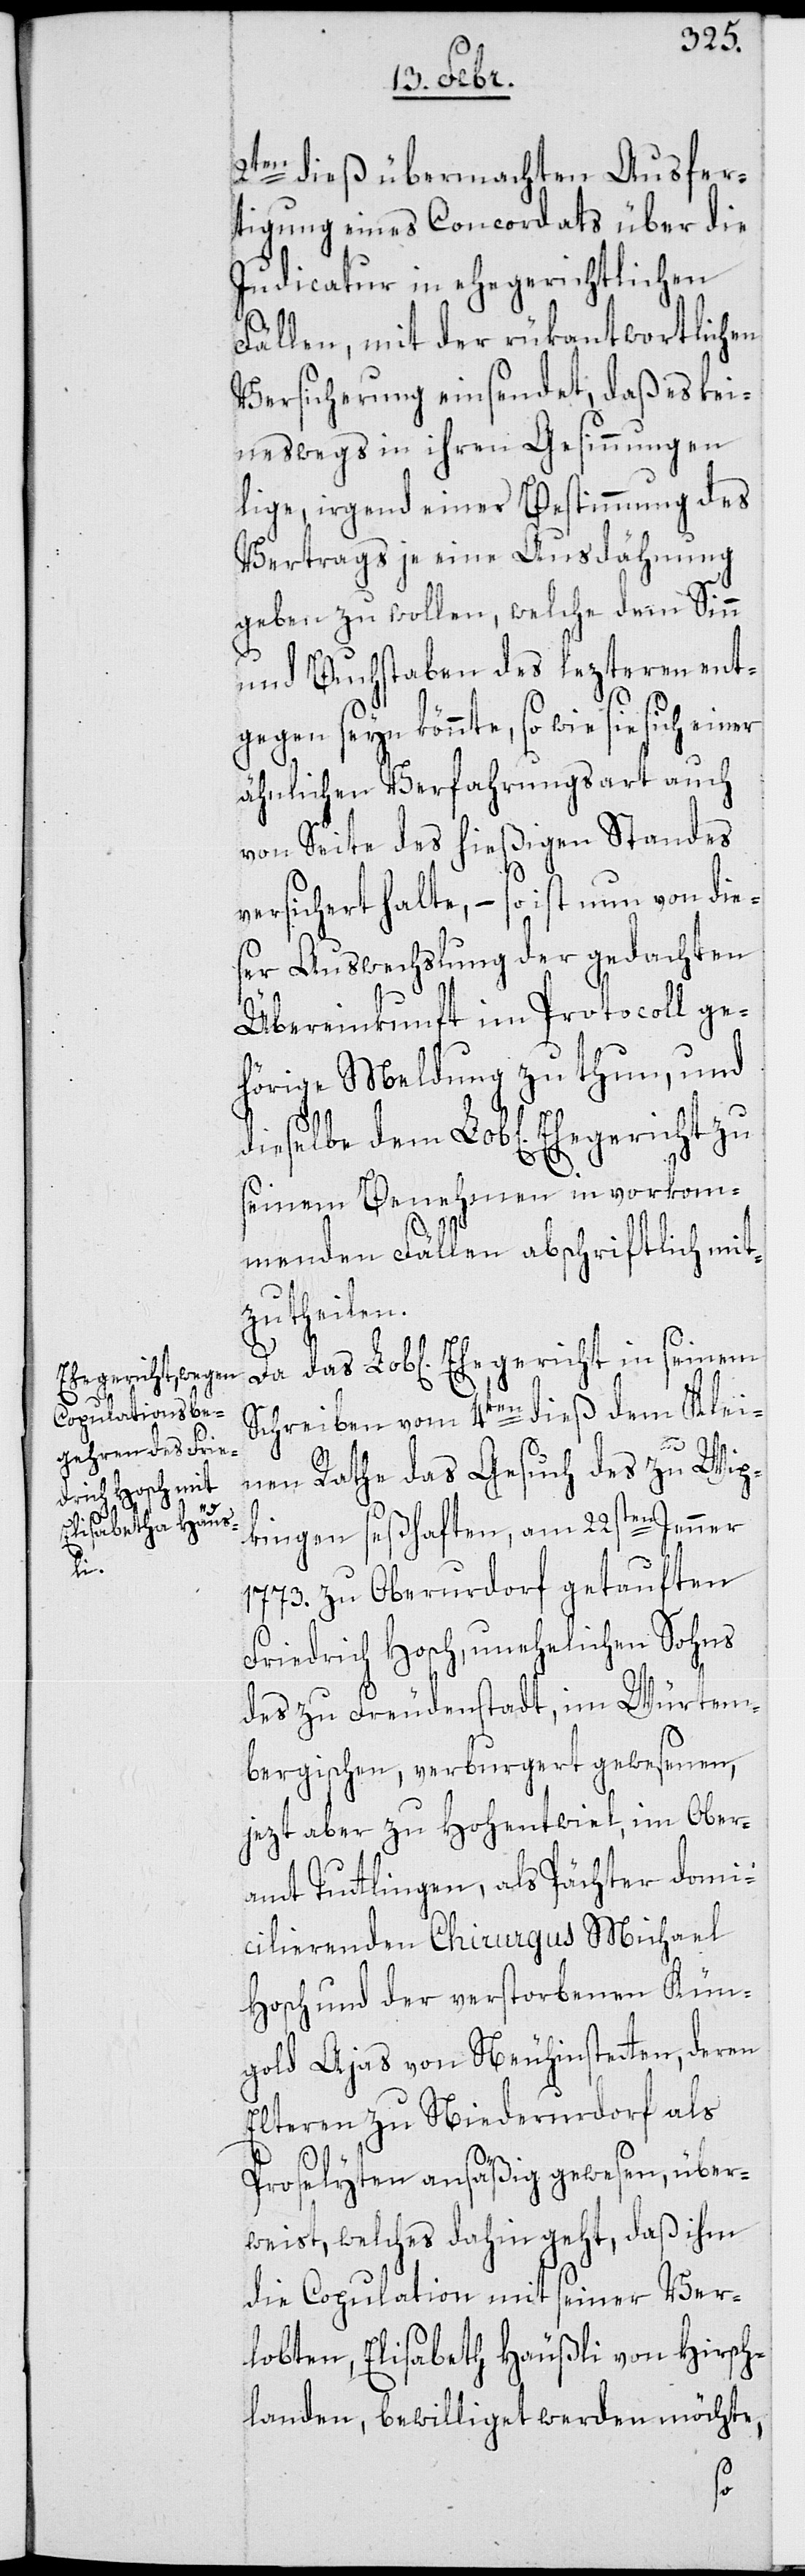
Ehegericht in

2ten dieß übermachten Ausfer¬
tigung eines Concordats über die
Judicatur in ehegerichtlichen
Fällen, mit der rükantwortlichen
Versicherung einsendet, daß es kei¬
neswegs in ihren Gesinnungen
lige, irgend einer Bestimmung des
Vertrags je eine Ausdähnung
geben zu wollen, welche dem Sinn
und Buchstaben des lezteren ent¬
gegen seyn könnte, so wie sie sich
ähnlichen Verfahrungsart auch
von Seite des hießigen Standes
versichert halte, – so ist nun von die¬
ser Auswechslung der gedachten
Übereinkunft im Protocoll ge¬
hörige Meldung zu thun, und
seinem Benehmen in vorkom¬
menden Fällen abschriftlich mit¬
zutheilen.
Schreiben vom 4ten dieß dem Klei¬
nen Rathe das Gesuch des zu Wip¬
kingen seßhaften, am 22sten Jenner
1773. zu Oberurdorf getauften
Friedrich Hosch, unehelichen Sohns
des zu Freudenstadt, im Würtem¬
bergischen, verburgert gewesenen,
jetzt aber zu Hohentwiel, im Ober¬
amt Tuttlingen, als Pächter domi¬
cilierenden Chirurgus Michael
Hosch und der verstorbenen Kün¬
gold Ajas von Neuhinstetten, deren
Elteren zu Niederurdorf als
Proselyten ansäßig gewesen, über¬
weist, welches dahin geht, daß ihm
die Copulation mit seiner Ver¬
lobten, Elisabeth Häußli von Hirsch¬
landen, bewilliget werden möchte,
das